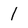
Character: 1